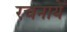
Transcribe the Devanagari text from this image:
रचनायेँ